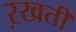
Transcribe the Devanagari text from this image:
ऱखती